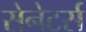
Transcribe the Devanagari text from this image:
सेनेटर्स